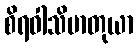
စိရဝါသိမာတုယာ